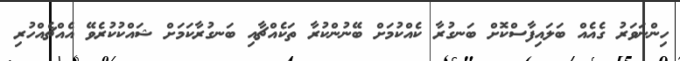
ހިންނަވަރު ގެއެއް ބަލައިފާސްކޮށް ބަނގުރާ ކެއްކުމަށް ބޭނުންކުރާ ތަކެއްޗާއި ބަނގުރާކަމަށް ޝައްކުކުރެވޭ އެއްޗެއްހުރި